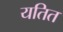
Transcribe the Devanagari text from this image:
यतित